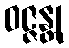
ဝဇ္ဇန္တု